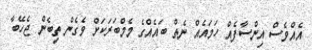
އެއްވެސް އިންސާފެއް ހަމައެއް ނެތް ބައެއްގެ މެމްބަރަކަށް ވެގެން ތިބެން ޖެހޭބާ